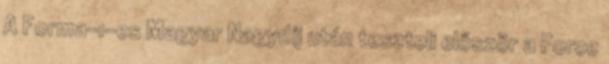
A Forma-1-es Magyar Nagydíj után teszteli először a Force